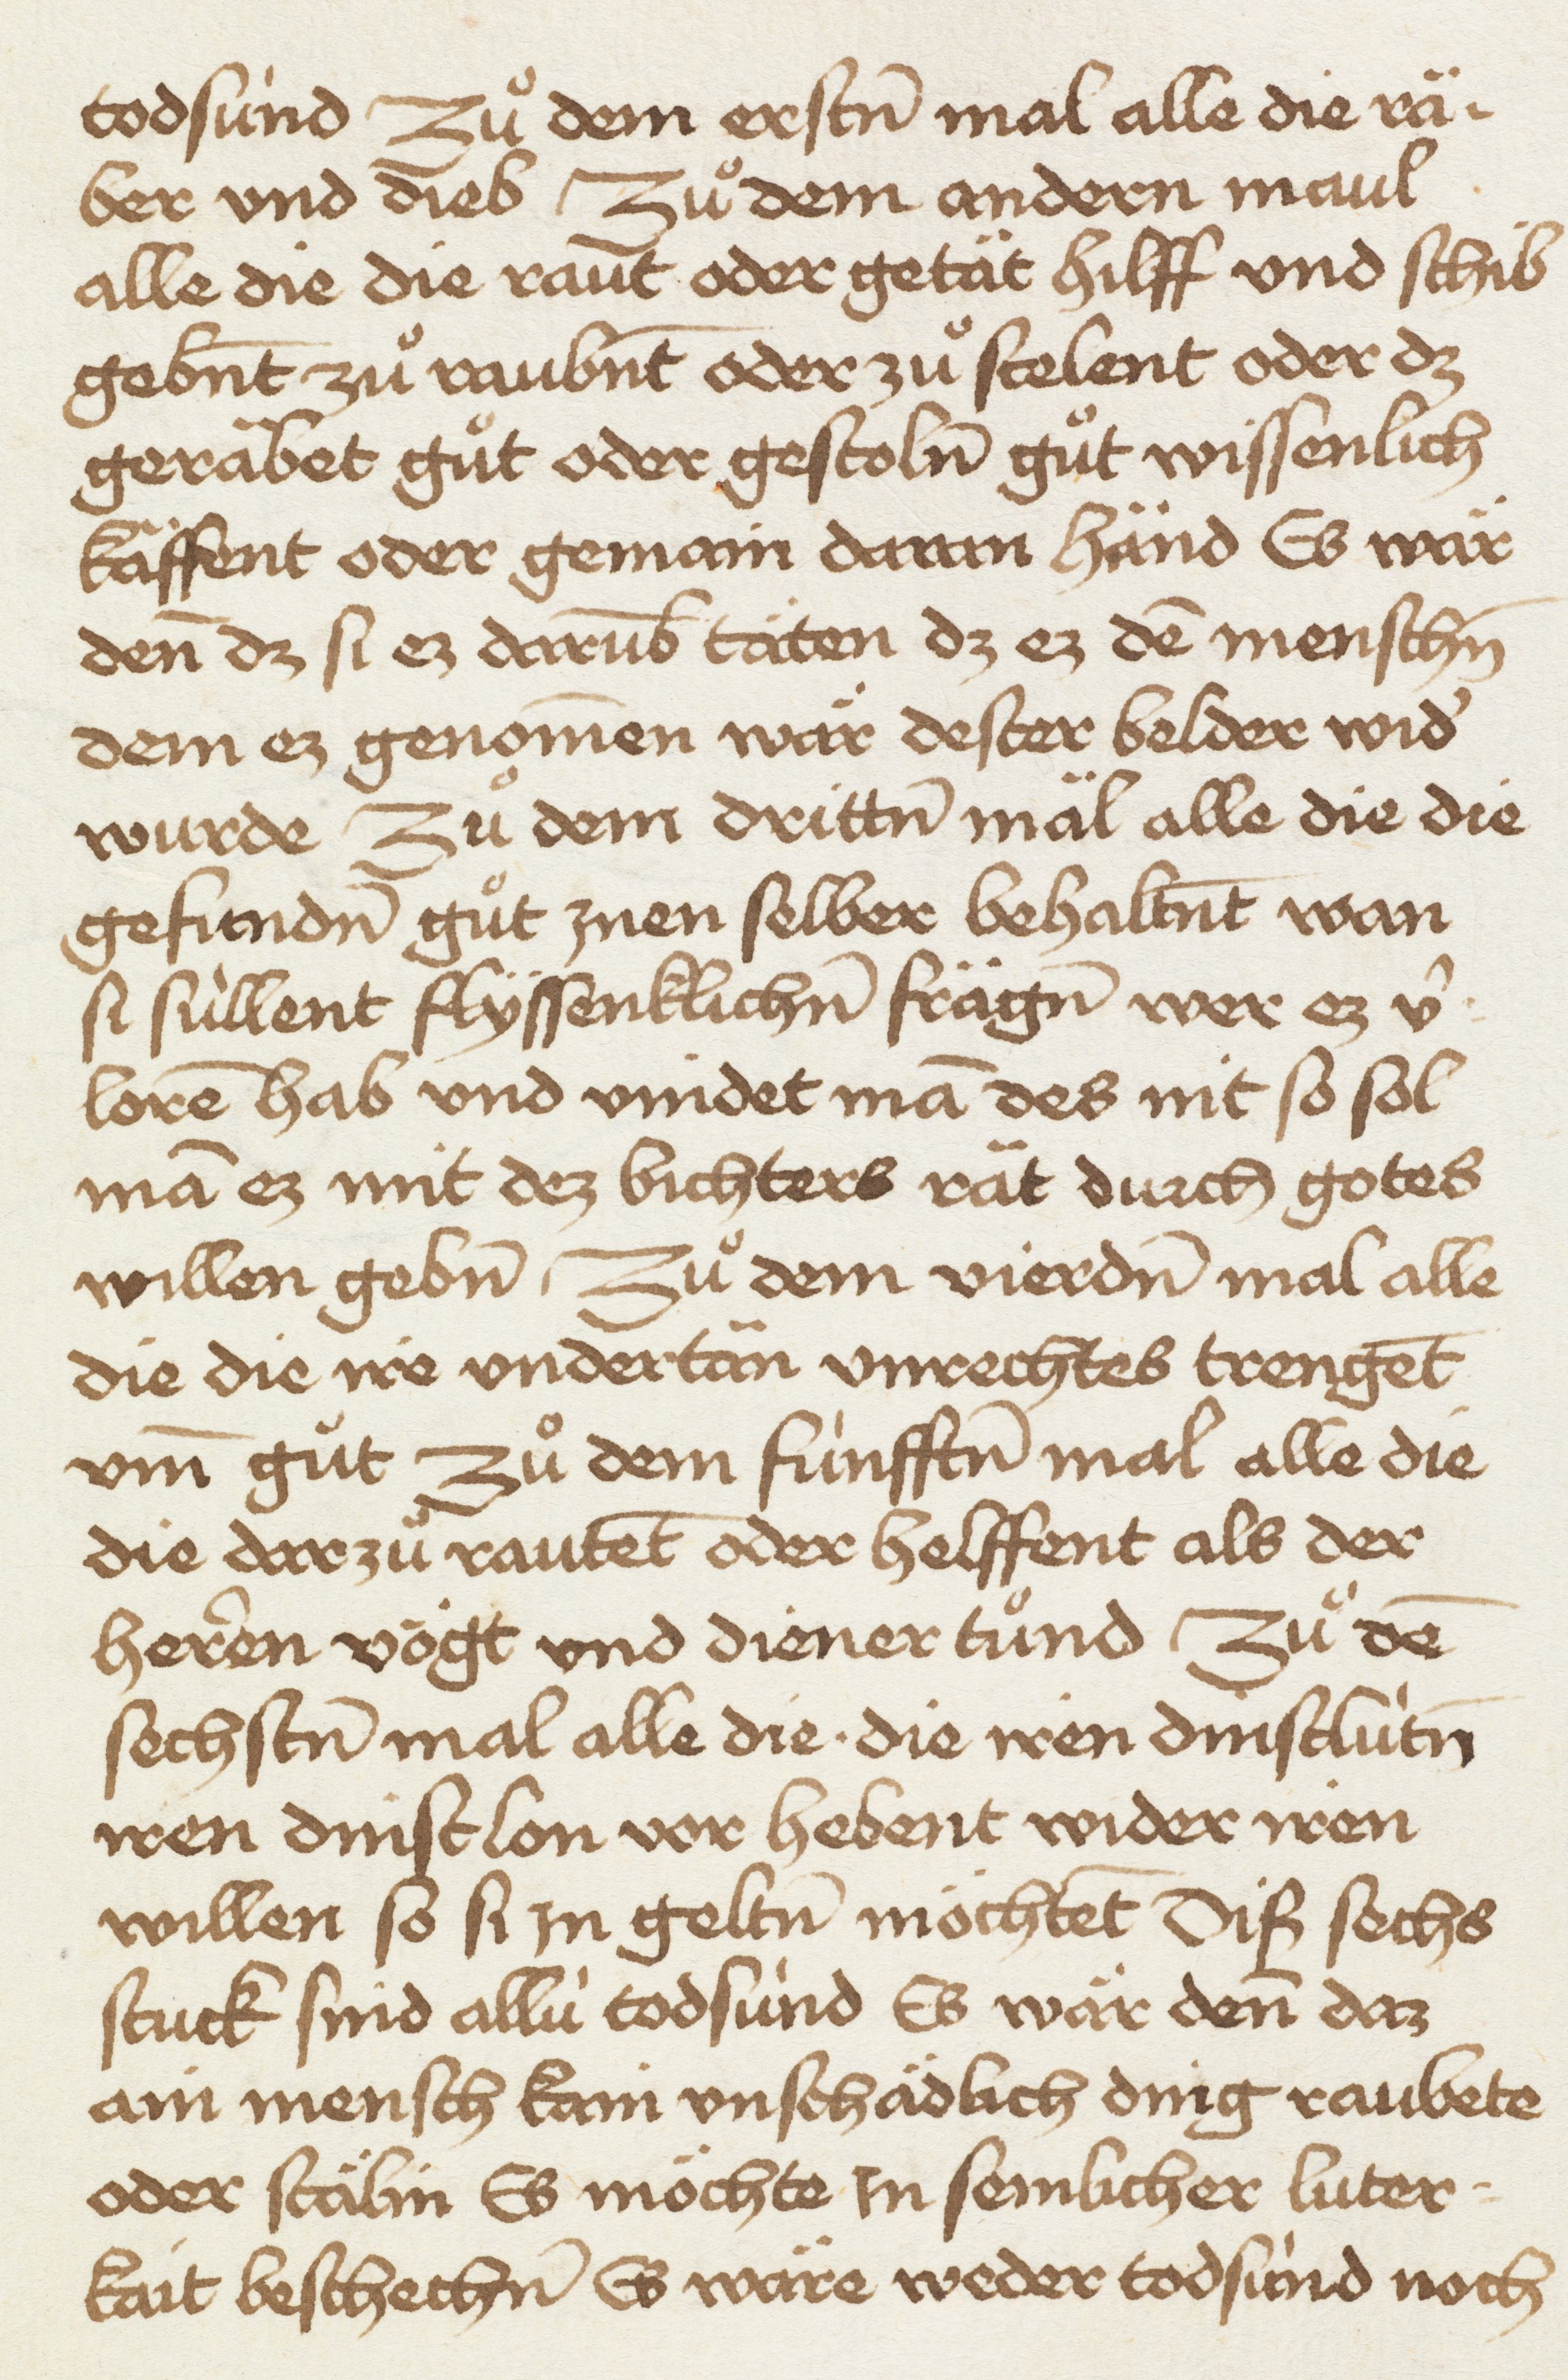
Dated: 1465–1467